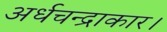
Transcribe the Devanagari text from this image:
अर्धचन्द्राकार।